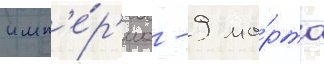
имп'е́р'иа - 9 ма́рта